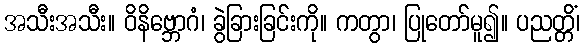
အသီးအသီး။ ဝိနိဗ္ဘောဂံ၊ ခွဲခြားခြင်းကို။ ကတွာ၊ ပြုတော်မူ၍။ ပညတ္တိံ၊